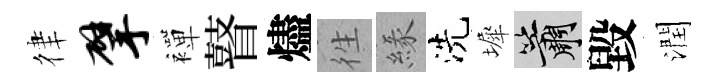
律擘襌瞽燼徃緣洗墀簫毀潤